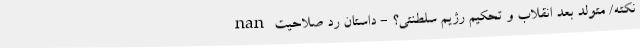
nan نکته/ متولد بعد انقلاب و تحکیم رژیم سلطنتی؟ - داستان رد صلاحیت